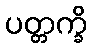
ပတ္တက္ခိ